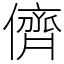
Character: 儕